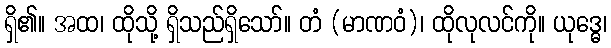
ရှိ၏။ အထ၊ ထိုသို့ ရှိသည်ရှိသော်။ တံ (မာဏဝံ)၊ ထိုလုလင်ကို။ ယုဒ္ဓေ၊